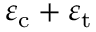
\varepsilon _ { \mathrm { c } } + \varepsilon _ { \mathrm { t } }